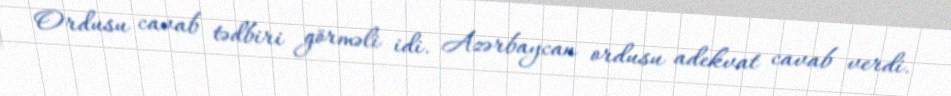
Ordusu cavab tədbiri görməli idi. Azərbaycan ordusu adekvat cavab verdi.